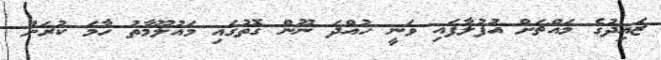
ޒައިދުގެ މައްޗަށް އުފުލާފައި ވަނީ ހުއްދަ ނޫން ގޮތުގައި މައުލޫމާތު ހާމަ ކުރަން